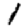
Digit: 1